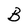
Character: B